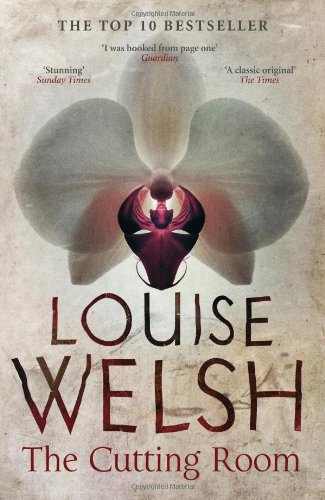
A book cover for The Cutting Room; Louise Welsh; Romance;